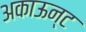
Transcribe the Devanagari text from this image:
अकाऊन्ट